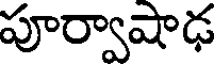
పూర్వాషాఢ